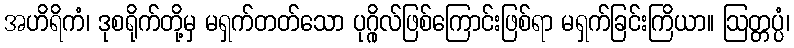
အဟိရိကံ၊ ဒုစရိုက်တို့မှ မရှက်တတ်သော ပုဂ္ဂိုလ်ဖြစ်ကြောင်းဖြစ်ရာ မရှက်ခြင်းကြိယာ။ ဩတ္တပ္ပံ၊